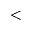
<